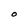
Character: O